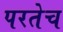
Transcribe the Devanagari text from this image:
परतेच